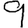
Digit: 9